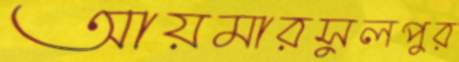
আয়মারসুলপুর